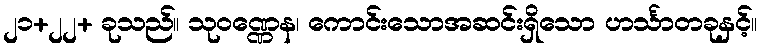
၂၁+၂၂+ ခုသည်။ သုဝဏ္ဏေန၊ ကောင်းသောအဆင်းရှိသော ဟင်္သာတခုနှင့်။